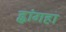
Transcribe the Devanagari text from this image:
ह्वांगहा